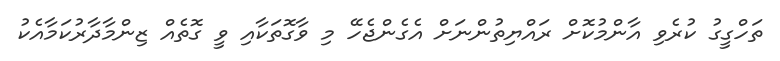
ތަހްގީގު ކުރެވި އާންމުކޮށް ރައްޔިތުންނަށް އެގެންޖެހޭ މި ވާގޮތަކާއި ވީ ގޮތެއް ޒިންމާދާރުކަމާއެކު